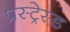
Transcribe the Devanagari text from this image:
प्रस्ट्रेस्ड